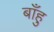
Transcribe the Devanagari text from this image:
बाँहु